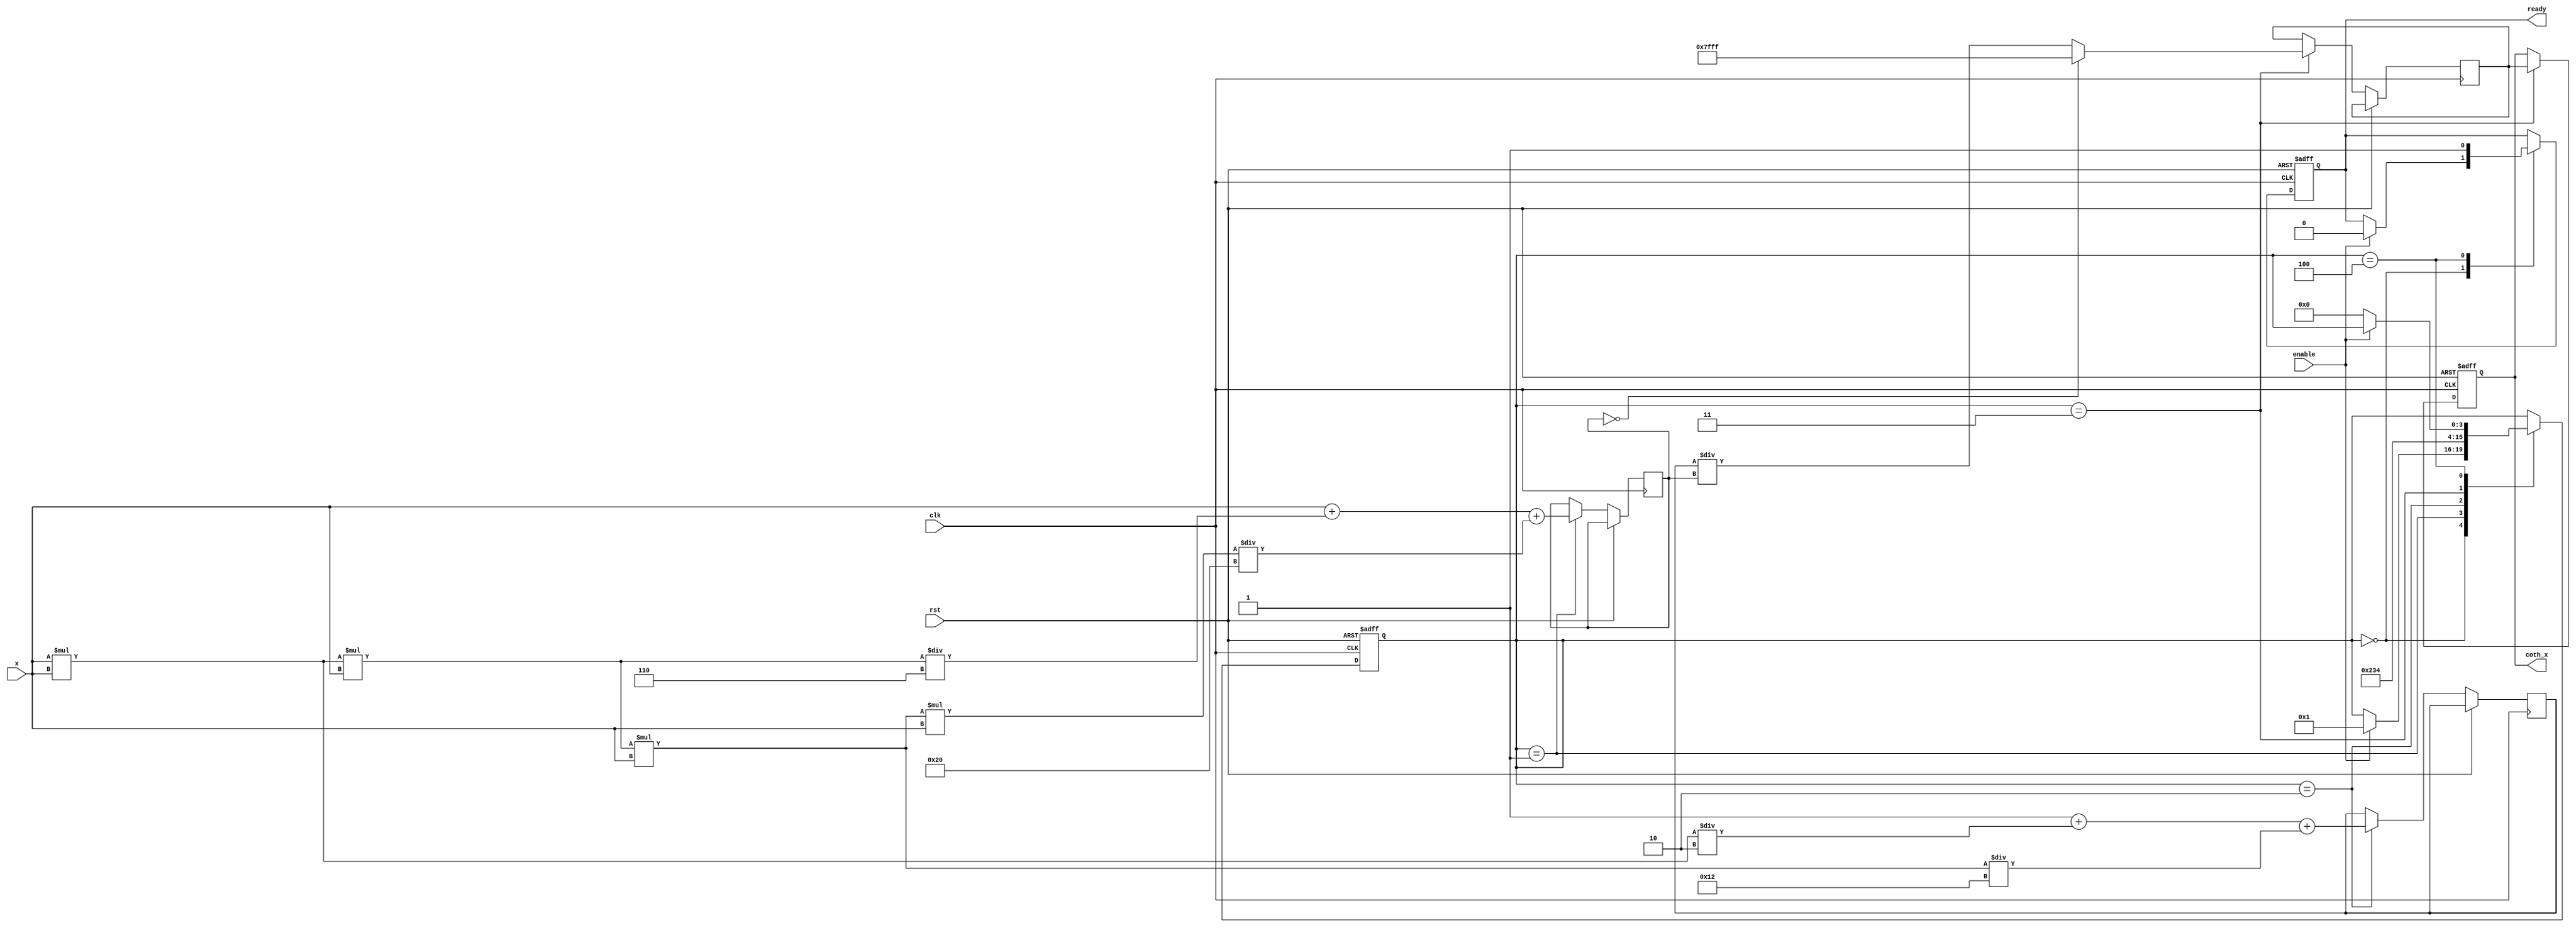
module coth (
    input wire clk,
    input wire rst,
    input wire enable,
    input wire [15:0] x, // Input signal (fixed-point representation)
    output reg [15:0] coth_x, // Output signal (fixed-point representation)
    output reg ready // Ready signal
);

    // Internal signals
    reg [15:0] sinh_x;
    reg [15:0] cosh_x;
    reg [3:0] state; // State for control logic
    reg [15:0] division_result;

    // State encoding
    localparam IDLE = 4'b0000,
               CALC_SINH = 4'b0001,
               CALC_COSH = 4'b0010,
               DIVIDE = 4'b0011,
               DONE = 4'b0100;

    // Taylor series coefficients for sinh and cosh
    parameter [15:0] FACTORIAL_1 = 16'h0001; // 1
    parameter [15:0] FACTORIAL_2 = 16'h0002; // 2
    parameter [15:0] FACTORIAL_3 = 16'h0006; // 6
    parameter [15:0] FACTORIAL_4 = 16'h0012; // 12
    parameter [15:0] FACTORIAL_5 = 16'h0020; // 20

    // Compute sinh using Taylor series: sinh(x) = x + x^3/3! + x^5/5!
    function [15:0] compute_sinh(input [15:0] x);
        begin
            compute_sinh = x + (x * x * x) / FACTORIAL_3 + (x * x * x * x * x) / FACTORIAL_5;
        end
    endfunction

    // Compute cosh using Taylor series: cosh(x) = 1 + x^2/2! + x^4/4!
    function [15:0] compute_cosh(input [15:0] x);
        begin
            compute_cosh = FACTORIAL_1 + (x * x) / FACTORIAL_2 + (x * x * x * x) / FACTORIAL_4;
        end
    endfunction

    // Division function
    function [15:0] divide(input [15:0] num, input [15:0] denom);
        begin
            if (denom == 16'h0000) // Handle division by zero
                divide = 16'h7FFF; // Saturate to max value (or return error)
            else
                divide = num / denom; // Simple division
        end
    endfunction

    // State machine for control logic
    always @(posedge clk or posedge rst) begin
        if (rst) begin
            state <= IDLE;
            coth_x <= 16'h0000;
            ready <= 1'b0;
        end else begin
            case (state)
                IDLE: begin
                    if (enable) begin
                        state <= CALC_SINH;
                        ready <= 1'b0;
                    end
                end

                CALC_SINH: begin
                    sinh_x <= compute_sinh(x);
                    state <= CALC_COSH;
                end

                CALC_COSH: begin
                    cosh_x <= compute_cosh(x);
                    state <= DIVIDE;
                end

                DIVIDE: begin
                    division_result <= divide(cosh_x, sinh_x);
                    coth_x <= division_result;
                    state <= DONE;
                end

                DONE: begin
                    ready <= 1'b1;
                    if (!enable) begin
                        state <= IDLE; // Reset state if enable is deasserted
                    end
                end
            endcase
        end
    end

endmodule